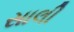
સાલી